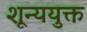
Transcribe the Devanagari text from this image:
शून्ययुक्त